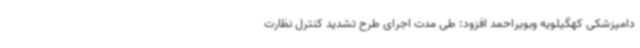
دامپزشکی کهگیلویه وبویراحمد افزود: طی مدت اجرای طرح تشدید کنترل نظارت